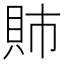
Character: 𫎕